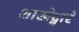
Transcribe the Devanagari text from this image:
शाखेद्वारे